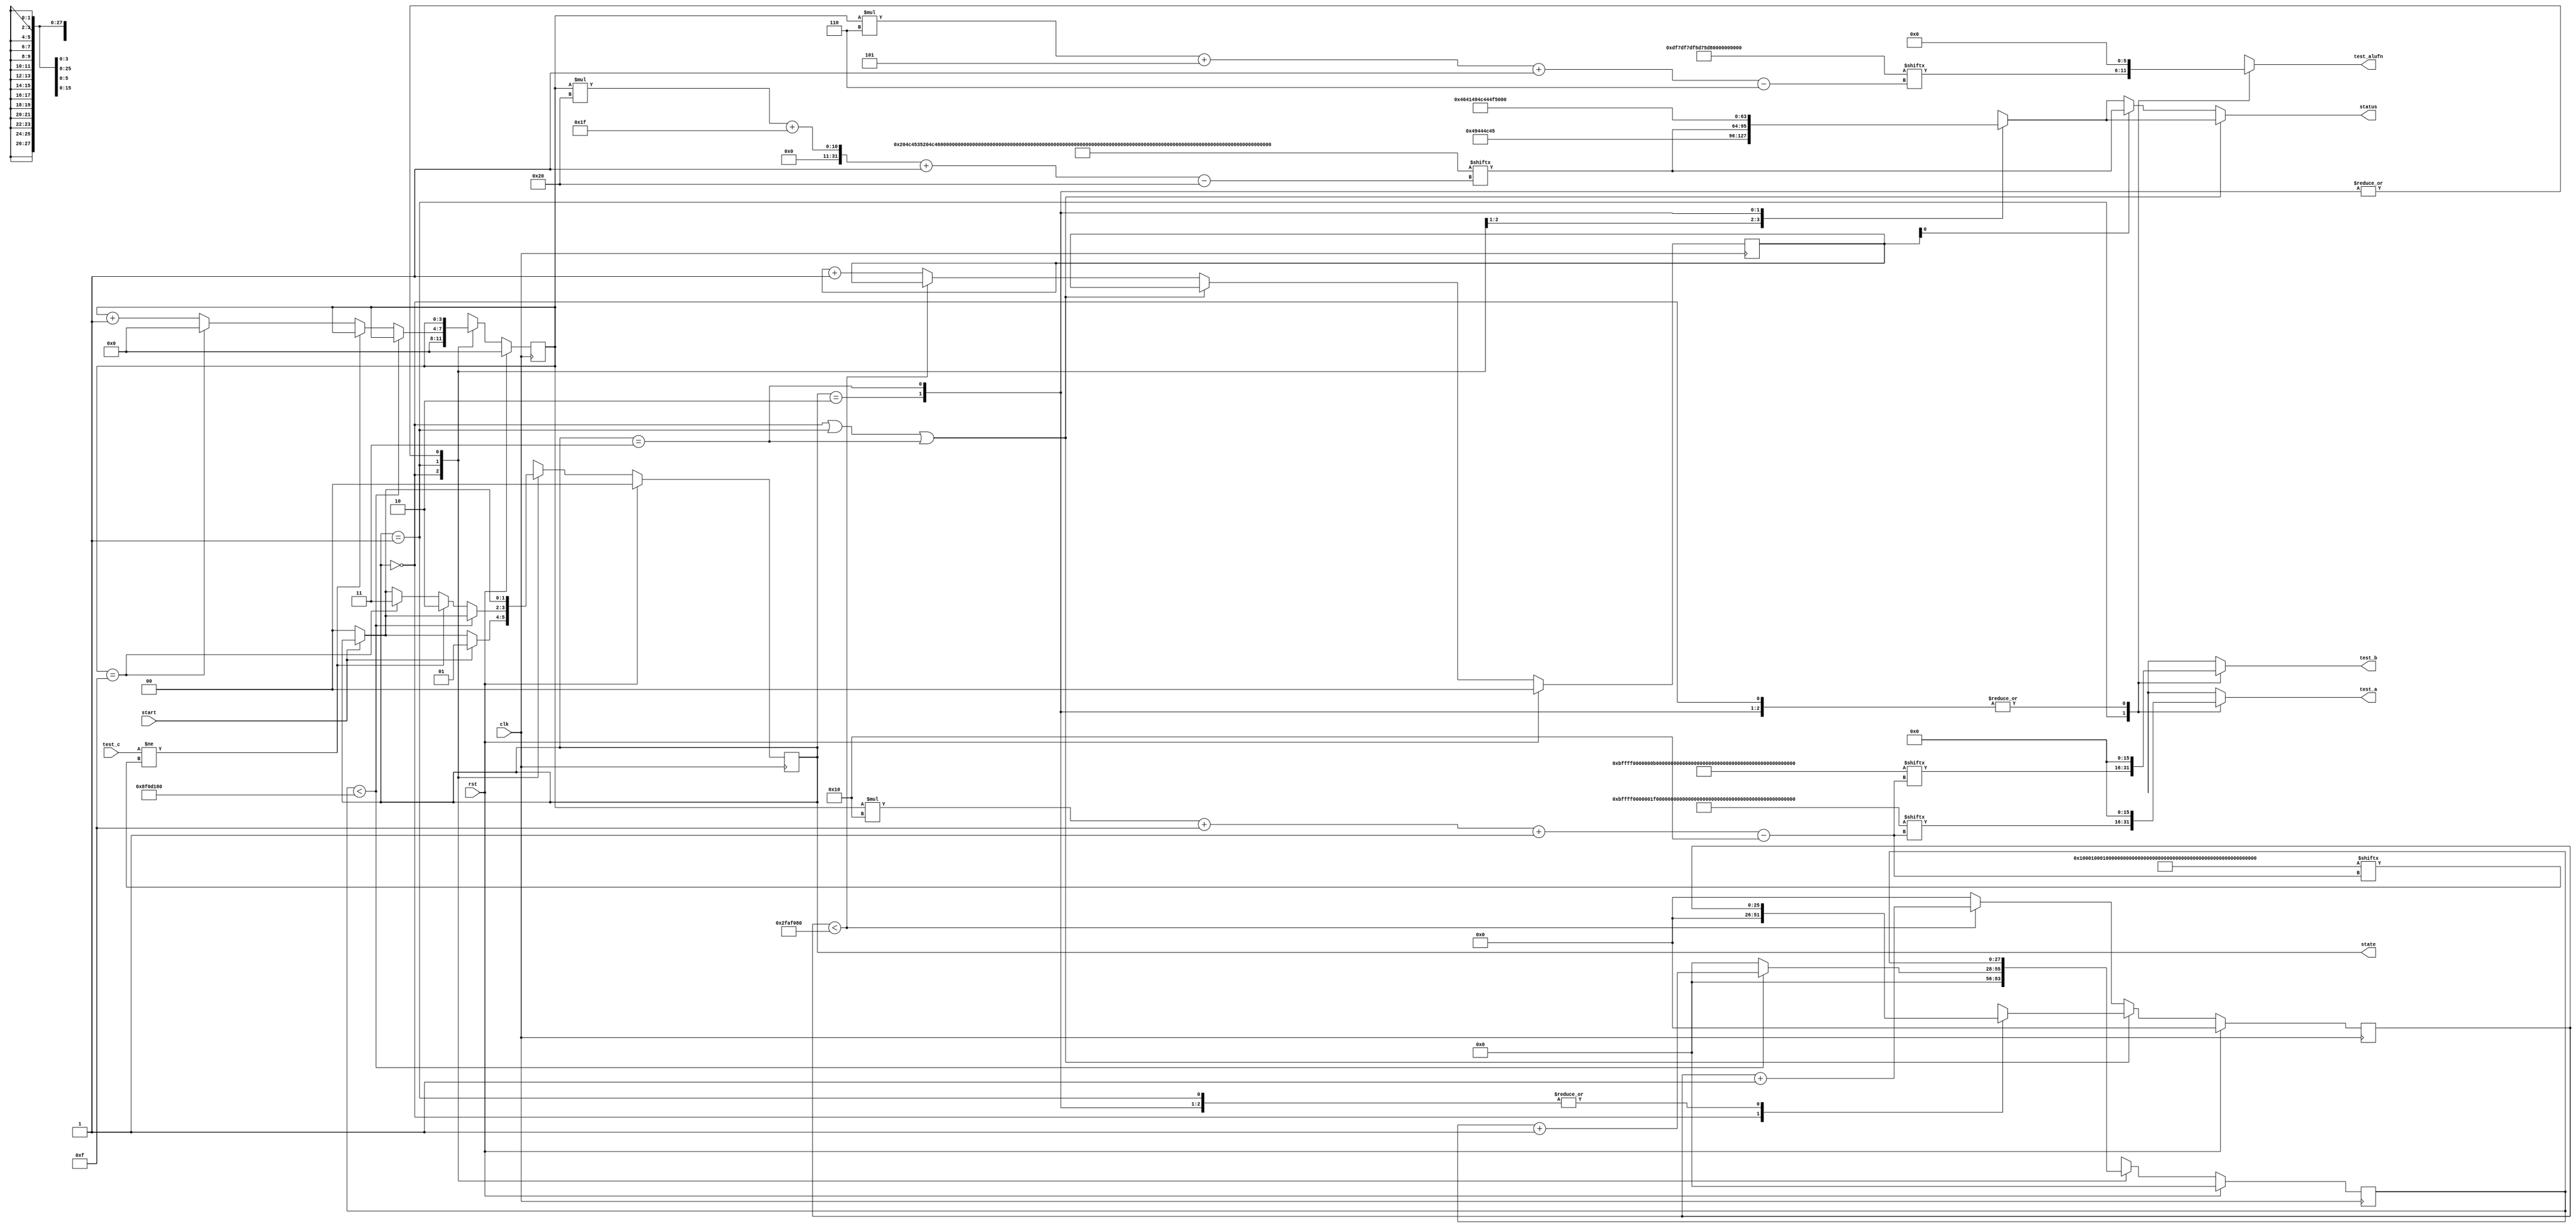
module basic_tester_11 (
    input clk,
    input rst,
    input start,
    input [15:0] test_c,
    output reg [15:0] test_a,
    output reg [15:0] test_b,
    output reg [5:0] test_alufn,
    output reg [1:0] state,
    output reg [31:0] status
  );
  
  localparam NUM_TEST_CASES = 5'h10;
  localparam TEST_NAME = 512'h204c4535204c4534204c4533204c4532204c4531204c5435204c5434204c5433204c5432204c5431204551362045513520455134204551332045513220455131;
  localparam TEST_A = 256'h000bffff0000001f000b000bffff0000001f000b0001000bffff0000001f000b;
  localparam TEST_B = 256'h000bffff0000000b001f000bffff0000000b001f0001000bffff0000000b001f;
  localparam TEST_ALUFN = 96'hdf7df7df5d75d75cf3cf3cf3;
  localparam TEST_C = 256'h0001000100010000000100000000000000000001000100010001000100000000;
  localparam BYPASS_FAIL = 1'h0;
  localparam NUM_TEST_SECS = 2'h3;
  localparam NUM_FAIL_SECS = 1'h1;
  localparam NUM_FAIL_BLINKS = 2'h2;
  
  
  localparam NUM_TEST_TIMER_CYCLES = 28'h8f0d180;
  
  localparam NUM_FAIL_TIMER_CYCLES = 26'h2faf080;
  
  reg [31:0] next_status;
  
  reg [27:0] M_display_test_timer_d, M_display_test_timer_q = 1'h0;
  reg [25:0] M_display_fail_timer_d, M_display_fail_timer_q = 1'h0;
  reg [1:0] M_fail_blink_ctr_d, M_fail_blink_ctr_q = 1'h0;
  reg [3:0] M_tester_ctr_d, M_tester_ctr_q = 1'h0;
  localparam IDLE_tester_state = 2'd0;
  localparam TEST_tester_state = 2'd1;
  localparam FAIL_tester_state = 2'd2;
  localparam DONE_tester_state = 2'd3;
  
  reg [1:0] M_tester_state_d, M_tester_state_q = IDLE_tester_state;
  
  always @* begin
    M_tester_state_d = M_tester_state_q;
    M_display_fail_timer_d = M_display_fail_timer_q;
    M_display_test_timer_d = M_display_test_timer_q;
    M_fail_blink_ctr_d = M_fail_blink_ctr_q;
    M_tester_ctr_d = M_tester_ctr_q;
    
    status = 32'h00000000;
    test_a = 1'h0;
    test_b = 1'h0;
    test_alufn = 1'h0;
    if (!start) begin
      M_tester_state_d = IDLE_tester_state;
    end
    state = M_tester_state_q;
    next_status = 32'h4e554c4c;
    
    case (M_tester_state_q)
      IDLE_tester_state: begin
        M_display_test_timer_d = 1'h0;
        M_display_fail_timer_d = 1'h0;
        M_tester_ctr_d = 1'h0;
        next_status = 32'h49444c45;
        if (start) begin
          M_tester_state_d = TEST_tester_state;
        end
      end
      TEST_tester_state: begin
        next_status = TEST_NAME[(M_tester_ctr_q)*32+31-:32];
        test_a = TEST_A[(M_tester_ctr_q)*16+15-:16];
        test_b = TEST_B[(M_tester_ctr_q)*16+15-:16];
        test_alufn = TEST_ALUFN[(M_tester_ctr_q)*6+5-:6];
        if (M_display_test_timer_q < 28'h8f0d180) begin
          M_display_test_timer_d = M_display_test_timer_q + 1'h1;
        end else begin
          M_display_test_timer_d = 1'h0;
          if (test_c != TEST_C[(M_tester_ctr_q)*16+15-:16]) begin
            M_tester_state_d = FAIL_tester_state;
          end else begin
            if (M_tester_ctr_q == 6'h0f) begin
              M_tester_state_d = DONE_tester_state;
              M_tester_ctr_d = 1'h0;
            end else begin
              M_tester_ctr_d = M_tester_ctr_q + 1'h1;
            end
          end
        end
      end
      FAIL_tester_state: begin
        next_status = 32'h4641494c;
      end
      DONE_tester_state: begin
        next_status = 32'h444f4e45;
      end
    endcase
    if (M_tester_state_q == IDLE_tester_state | M_tester_state_q == TEST_tester_state | M_tester_state_q == DONE_tester_state) begin
      status = next_status;
    end else begin
      if (~M_fail_blink_ctr_q[0+0-:1]) begin
        status = next_status;
      end else begin
        status = TEST_NAME[(M_tester_ctr_q)*32+31-:32];
      end
      if (M_display_fail_timer_q < 26'h2faf080) begin
        M_display_fail_timer_d = M_display_fail_timer_q + 1'h1;
      end else begin
        M_display_fail_timer_d = 1'h0;
        if (1'h1) begin
          M_fail_blink_ctr_d = M_fail_blink_ctr_q + 1'h1;
        end else begin
          if (M_fail_blink_ctr_q < 5'h03) begin
            M_fail_blink_ctr_d = M_fail_blink_ctr_q + 1'h1;
          end else begin
            M_fail_blink_ctr_d = 1'h0;
            if (M_tester_ctr_q < 6'h0f) begin
              M_tester_state_d = TEST_tester_state;
              M_tester_ctr_d = M_tester_ctr_q + 1'h1;
            end else begin
              M_tester_state_d = DONE_tester_state;
              M_tester_ctr_d = 1'h0;
            end
          end
        end
      end
    end
  end
  
  always @(posedge clk) begin
    if (rst == 1'b1) begin
      M_display_test_timer_q <= 1'h0;
      M_display_fail_timer_q <= 1'h0;
      M_fail_blink_ctr_q <= 1'h0;
      M_tester_ctr_q <= 1'h0;
      M_tester_state_q <= 1'h0;
    end else begin
      M_display_test_timer_q <= M_display_test_timer_d;
      M_display_fail_timer_q <= M_display_fail_timer_d;
      M_fail_blink_ctr_q <= M_fail_blink_ctr_d;
      M_tester_ctr_q <= M_tester_ctr_d;
      M_tester_state_q <= M_tester_state_d;
    end
  end
  
endmodule